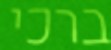
ברכי